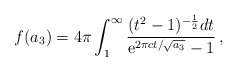
\begin{align*}f(a_3) = 4\pi \int_1^\infty {{(t^2-1)^{-\frac{1}{2}} dt} \over {{\rm e}^{2\pi c t/ \sqrt{a_3}} -1}} \,,\end{align*}